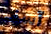
آسف